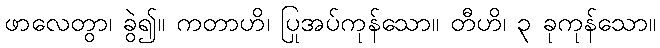
ဖာလေတွာ၊ ခွဲ၍။ ကတာဟိ၊ ပြုအပ်ကုန်သော။ တီဟိ၊ ၃ ခုကုန်သော။